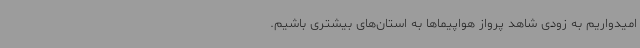
امیدواریم به زودی شاهد پرواز هواپیماها به استان‌های بیشتری باشیم.